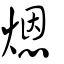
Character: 煾